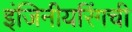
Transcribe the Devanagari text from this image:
इंजिनीयरिंगची